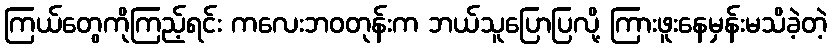
ကြယ်တွေကိုကြည့်ရင်း ကလေးဘဝတုန်းက ဘယ်သူပြောပြလို့ ကြားဖူးနေမှန်းမသိခဲ့တဲ့